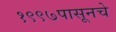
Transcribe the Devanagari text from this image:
१९९७पासूनचे